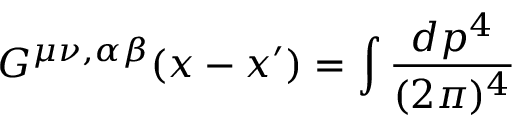
G ^ { \mu \nu , \alpha \beta } ( x - x ^ { \prime } ) = \int \frac { d p ^ { 4 } } { ( 2 \pi ) ^ { 4 } }